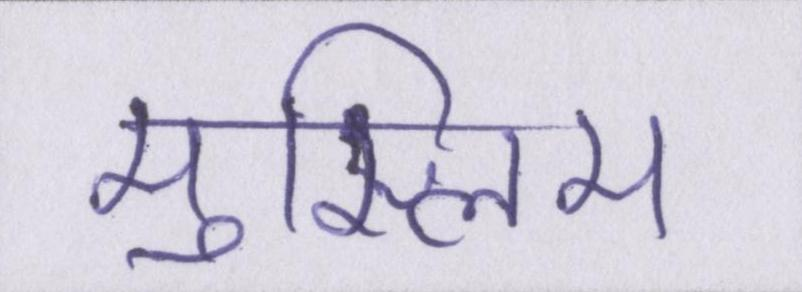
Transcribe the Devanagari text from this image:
मुस्लिम